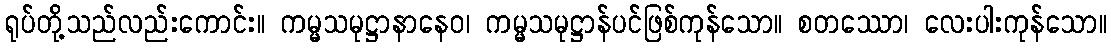
ရုပ်တို့သည်လည်းကောင်း။ ကမ္မသမုဋ္ဌာနာနေဝ၊ ကမ္မသမုဋ္ဌာန်ပင်ဖြစ်ကုန်သော။ စတဿော၊ လေးပါးကုန်သော။